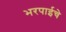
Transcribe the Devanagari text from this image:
भरपाईचे